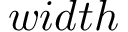
w i d t h